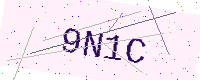
Text: 9N1C